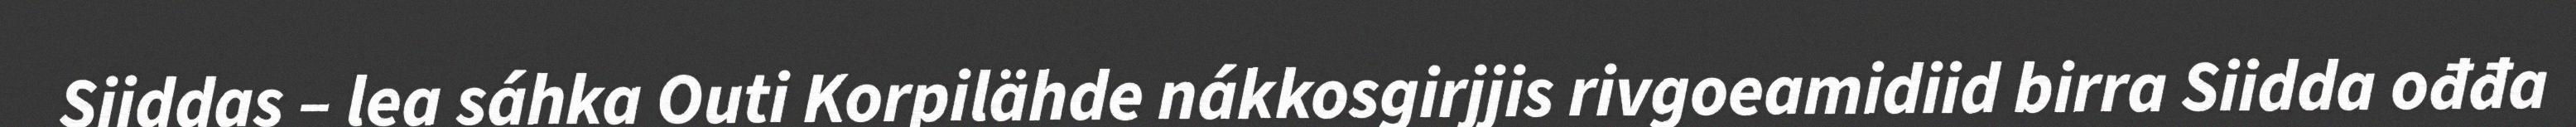
Siiddas – lea sáhka Outi Korpilähde nákkosgirjjis rivgoeamidiid birra Siidda ođđa